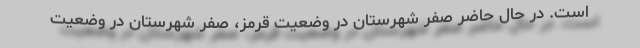
است. در حال حاضر صفر شهرستان در وضعیت قرمز، صفر شهرستان در وضعیت